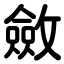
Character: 斂